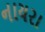
નાયરા